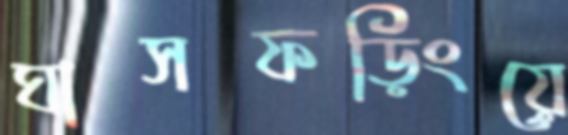
ঘাসফড়িংয়ে